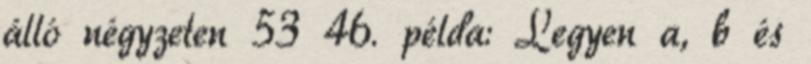
álló négyzeten 53 46. példa: Legyen a, b és